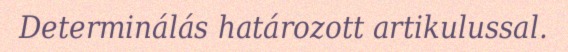
Determinálás határozott artikulussal.